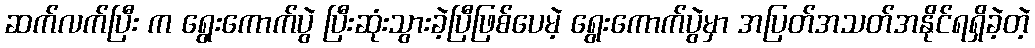
ဆက်လက်ပြီး က ရွေးကောက်ပွဲ ပြီးဆုံးသွားခဲ့ပြီဖြစ်ပေမဲ့ ရွေးကောက်ပွဲမှာ အပြတ်အသတ်အနိုင်ရရှိခဲ့တဲ့